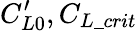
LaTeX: C_{L0}^{\prime},C_{L\_ crit}